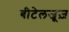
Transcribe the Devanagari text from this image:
बीटेलजूज़